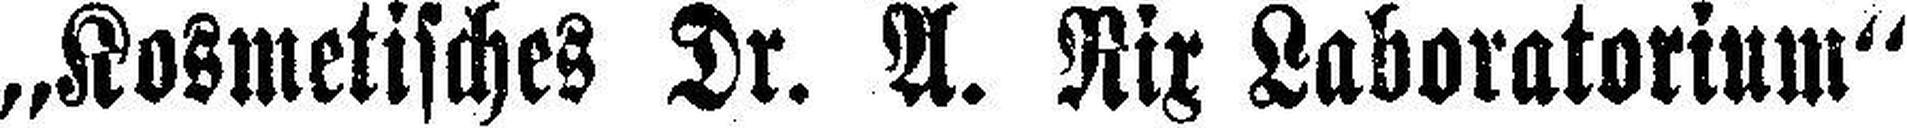
„Kosmetisches Dr. A. Rix Laboratorium“